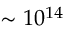
\sim 1 0 ^ { 1 4 }